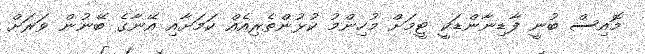
މޮއިސް ބުނީ ފާޑިނާންޑަކީ ޓީމަށް މުހިންމު ކުޅުންތެރިއެއް ކަމަށާއި އޭނާގެ ބޭނުން ވަރަށް